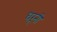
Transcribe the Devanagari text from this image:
धरूनी